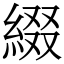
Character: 綴